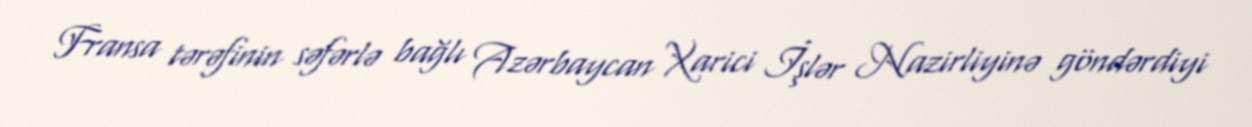
Fransa tərəfinin səfərlə bağlı Azərbaycan Xarici İşlər Nazirliyinə göndərdiyi